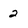
Character: 2